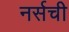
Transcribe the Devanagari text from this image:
नर्सची